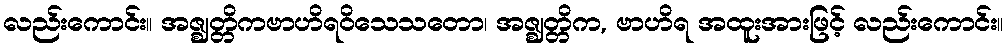
လည်းကောင်း။ အဇ္ဈတ္တိကဗာဟိရဝိသေသတော၊ အဇ္ဈတ္တိက, ဗာဟိရ အထူးအားဖြင့် လည်းကောင်း။